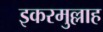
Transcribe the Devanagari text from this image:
इकरमुल्लाह